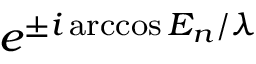
e ^ { \pm i \operatorname { a r c c o s } { E _ { n } / \lambda } }